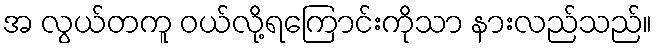
အ လွယ်တကူ ဝယ်လို့ရကြောင်းကိုသာ နားလည်သည်။